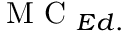
\mathrm { ~ M ~ C ~ } _ { E d . }